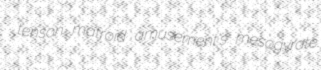
tenson matroid amusement's mesogyrate